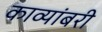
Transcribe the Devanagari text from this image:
काव्यांबरी